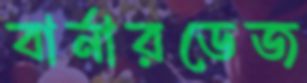
বার্নারডেজ